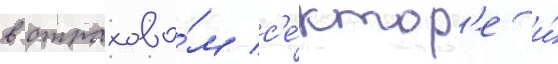
в страхово́м с'е́ктор'е и́